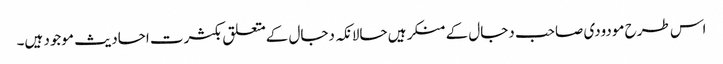
اس طرح مودودی صاحب دجال کے منکر ہیں حالانکہ دجال کےمتعلق بکثرت احادیث موجود ہیں۔